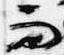
而